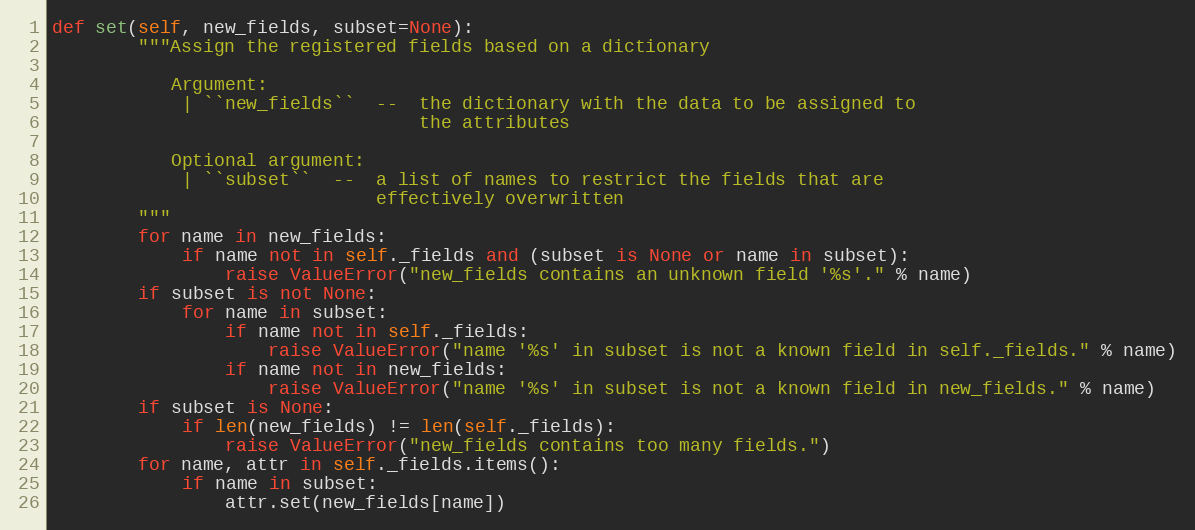
Language: Python
def set(self, new_fields, subset=None):
        """Assign the registered fields based on a dictionary

           Argument:
            | ``new_fields``  --  the dictionary with the data to be assigned to
                                  the attributes

           Optional argument:
            | ``subset``  --  a list of names to restrict the fields that are
                              effectively overwritten
        """
        for name in new_fields:
            if name not in self._fields and (subset is None or name in subset):
                raise ValueError("new_fields contains an unknown field '%s'." % name)
        if subset is not None:
            for name in subset:
                if name not in self._fields:
                    raise ValueError("name '%s' in subset is not a known field in self._fields." % name)
                if name not in new_fields:
                    raise ValueError("name '%s' in subset is not a known field in new_fields." % name)
        if subset is None:
            if len(new_fields) != len(self._fields):
                raise ValueError("new_fields contains too many fields.")
        for name, attr in self._fields.items():
            if name in subset:
                attr.set(new_fields[name])